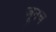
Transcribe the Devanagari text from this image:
जूनच